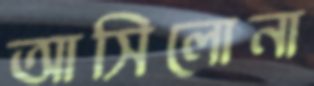
আসিলোনা